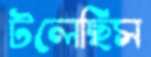
টলেছিস